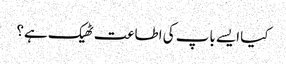
کیا ایسے باپ کی اطاعت ٹھیک ہے؟